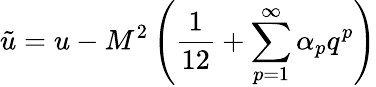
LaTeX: \tilde{u}=u-M^{2}\left(\frac{1}{12}+\sum_{p=1}^{\infty}\alpha_{p}q^{p}\right)